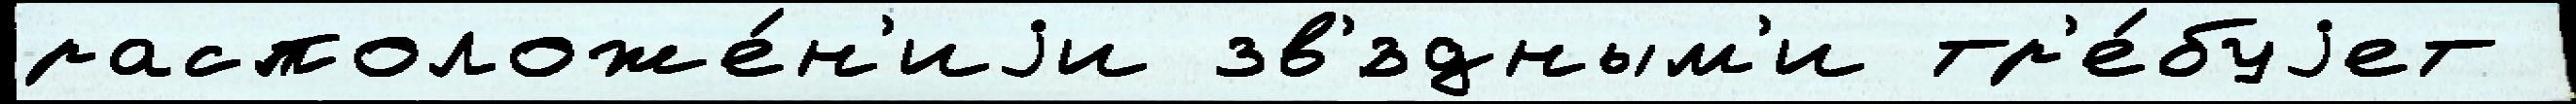
расположе́н'иjи зв'́здным'и тр'е́буjет